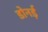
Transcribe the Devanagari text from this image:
डोनर्ड़